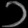
Digit: ၁